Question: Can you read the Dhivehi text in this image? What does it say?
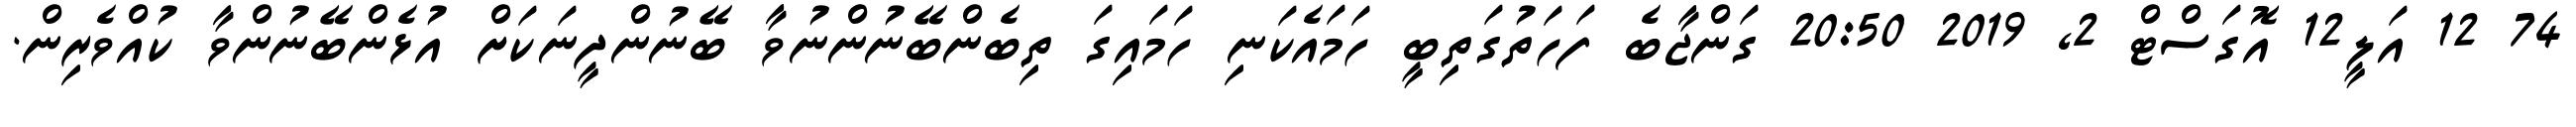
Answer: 74 12 އަލީ12 އޮގަސްޓް 2, 2019 20:50 ގަންޖާބެ ފަހަތުގަތިބީ ހަމައެކަނި ހަމައިގަ ތިބެންބޭނުންނުވާ ބޭނުންދީނަކަށް އުޅެންބޭނުންވާ ކުއްވެރިން.